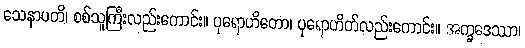
သေနာပတိ၊ စစ်သူကြီးလည်းကောင်း။ ပုရောဟိတော၊ ပုရောဟိတ်လည်းကောင်း။ အက္ခဒေဿာ၊